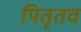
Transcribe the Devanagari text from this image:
पितृतव